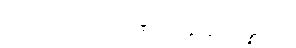
ယထာဘူတဉာဏဒဿနဝိပန္နဿ